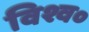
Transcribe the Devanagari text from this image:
विश्व०